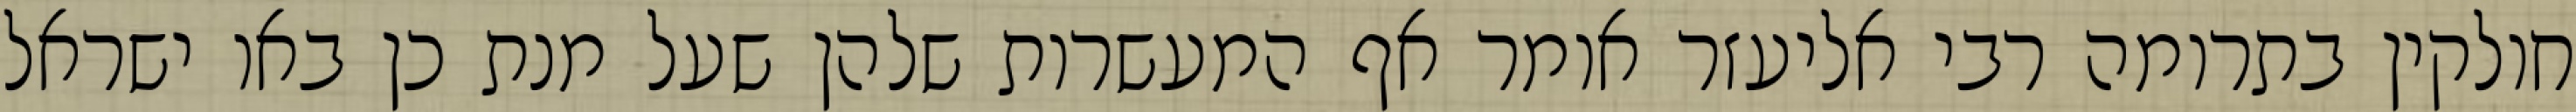
חולקין בתרומה רבי אליעזר אומר אף המעשרות שלהן שעל מנת כן באו ישראל